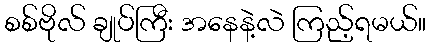
စစ်ဗိုလ် ချုပ်ကြီး အနေနဲ့လဲ ကြည့်ရမယ်။